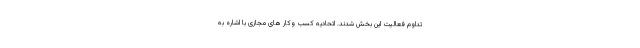
تداوم فعالیت این بخش شدند. اتحادیه کسب وکار های مجازی با اشاره به